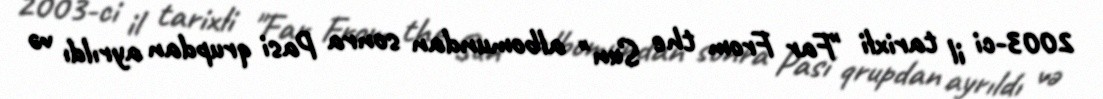
2003-ci il tarixli "Far From the Sun" albomundan sonra Pasi qrupdan ayrıldı və